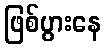
ဖြစ်ပွားနေ